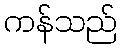
ကန်သည်